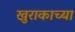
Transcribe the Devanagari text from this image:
खुराकाच्या